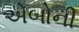
એબોની